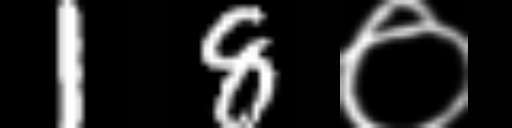
Text: 18०